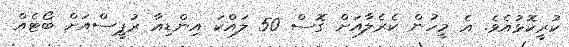
ކުރީކޮޅުއެވެ. އެ މީހުން ކެރެލާއަށް ގޮސް 50 ލައްކަ އިންޑިއާ ރުޕީސްއަށް ބޯޓެއް